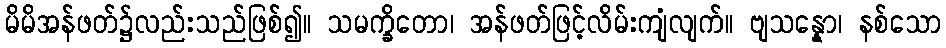
မိမိအန်ဖတ်၌လည်းသည်ဖြစ်၍။ သမက္ခိတော၊ အန်ဖတ်ဖြင့်လိမ်းကျံလျက်။ ဗျသန္နော၊ နစ်သော